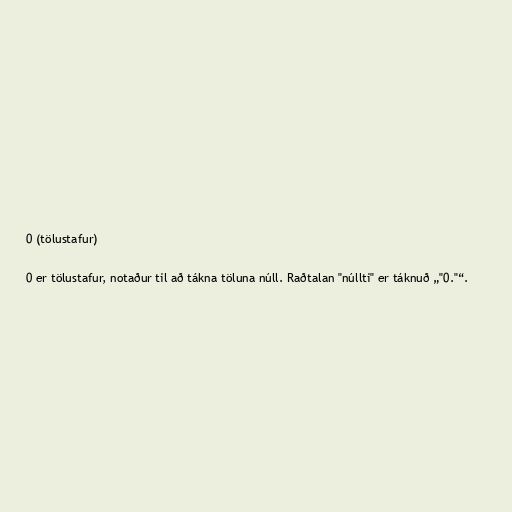
0 (tölustafur)

0 er tölustafur, notaður til að tákna töluna núll. Raðtalan "núllti" er táknuð „"0."“.